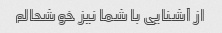
از آشنایی با شما نیز خوشحالم